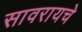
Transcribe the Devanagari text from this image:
सावरायचे